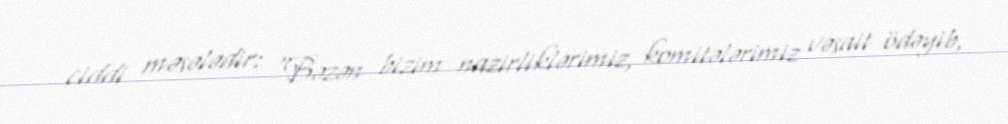
ciddi məsələdir: “Bəzən bizim nazirliklərimiz, komitələrimiz vəsait ödəyib,